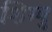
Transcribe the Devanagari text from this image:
शिम्यु